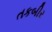
તકબીર